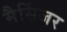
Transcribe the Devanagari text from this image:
मैसिंजर